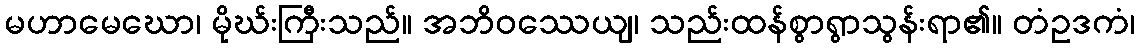
မဟာမေဃော၊ မိုဃ်းကြီးသည်။ အဘိဝဿေယျ၊ သည်းထန်စွာရွာသွန်းရာ၏။ တံဥဒကံ၊